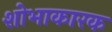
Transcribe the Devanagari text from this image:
शोभाकारक